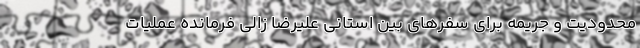
محدودیت و جریمه برای سفر‌های بین استانی علیرضا زالی فرمانده عملیات